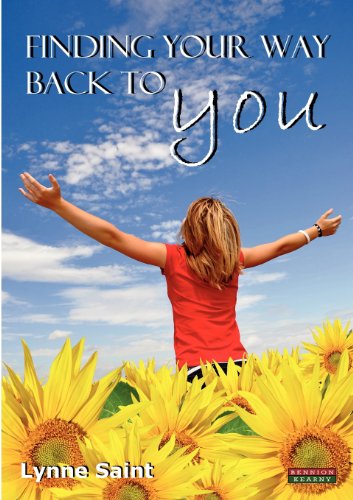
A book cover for Finding Your Way Back to You: A Self-Help Guide for Women Who Want to Regain Their Mojo and Realise Their Dreams!; Lynne Saint; Self-Help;